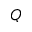
Q